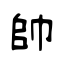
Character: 帥